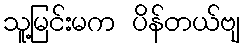
သူ့မြင်းမက ပိန်တယ်ဗျ